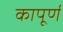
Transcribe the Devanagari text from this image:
कापूर्ण